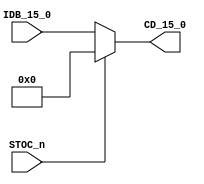
// This program was cloned from: https://github.com/RonnyA/nd-120
// License: MIT License

/**************************************************************************
** ND120 CPU, MM&M                                                       **
** CPU/STOC                                                              **
** IDB TO CD                                                             **
** SHEET 35 of 50                                                        **
**                                                                       ** 
** Last reviewed: 13-JAN-2024                                            **
** Ronny Hansen                                                          **               
***************************************************************************/

module CPU_STOC_35( 
                  input wire [15:0] IDB_15_0,
                  output wire [15:0] CD_15_0,                  
                  input wire STOC_n );

assign CD_15_0 = STOC_n ? 16'b0 : IDB_15_0; // If STOC_n is high, output is high-impedance

endmodule